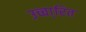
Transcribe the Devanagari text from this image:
उच्चा्रित